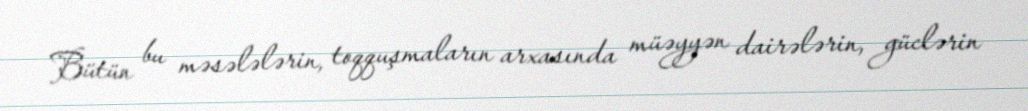
Bütün bu məsələlərin, toqquşmaların arxasında müəyyən dairələrin, güclərin